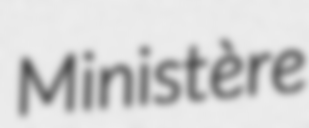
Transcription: Ministère